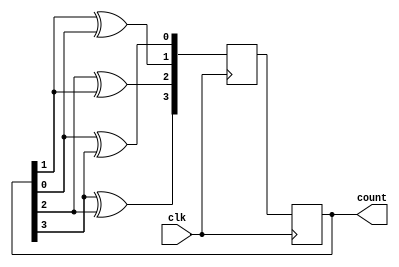
module johnson_gray_counter (
    input wire clk,
    output reg [3:0] count
);

reg [3:0] next_count;

always @(posedge clk) begin
    next_count[0] <= count[0] ^ count[3];
    next_count[1] <= count[1] ^ count[0];
    next_count[2] <= count[2] ^ count[1];
    next_count[3] <= count[3] ^ count[2];

    count <= next_count;
end

endmodule